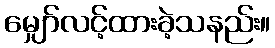
မျှော်လင့်ထားခဲ့သနည်း။